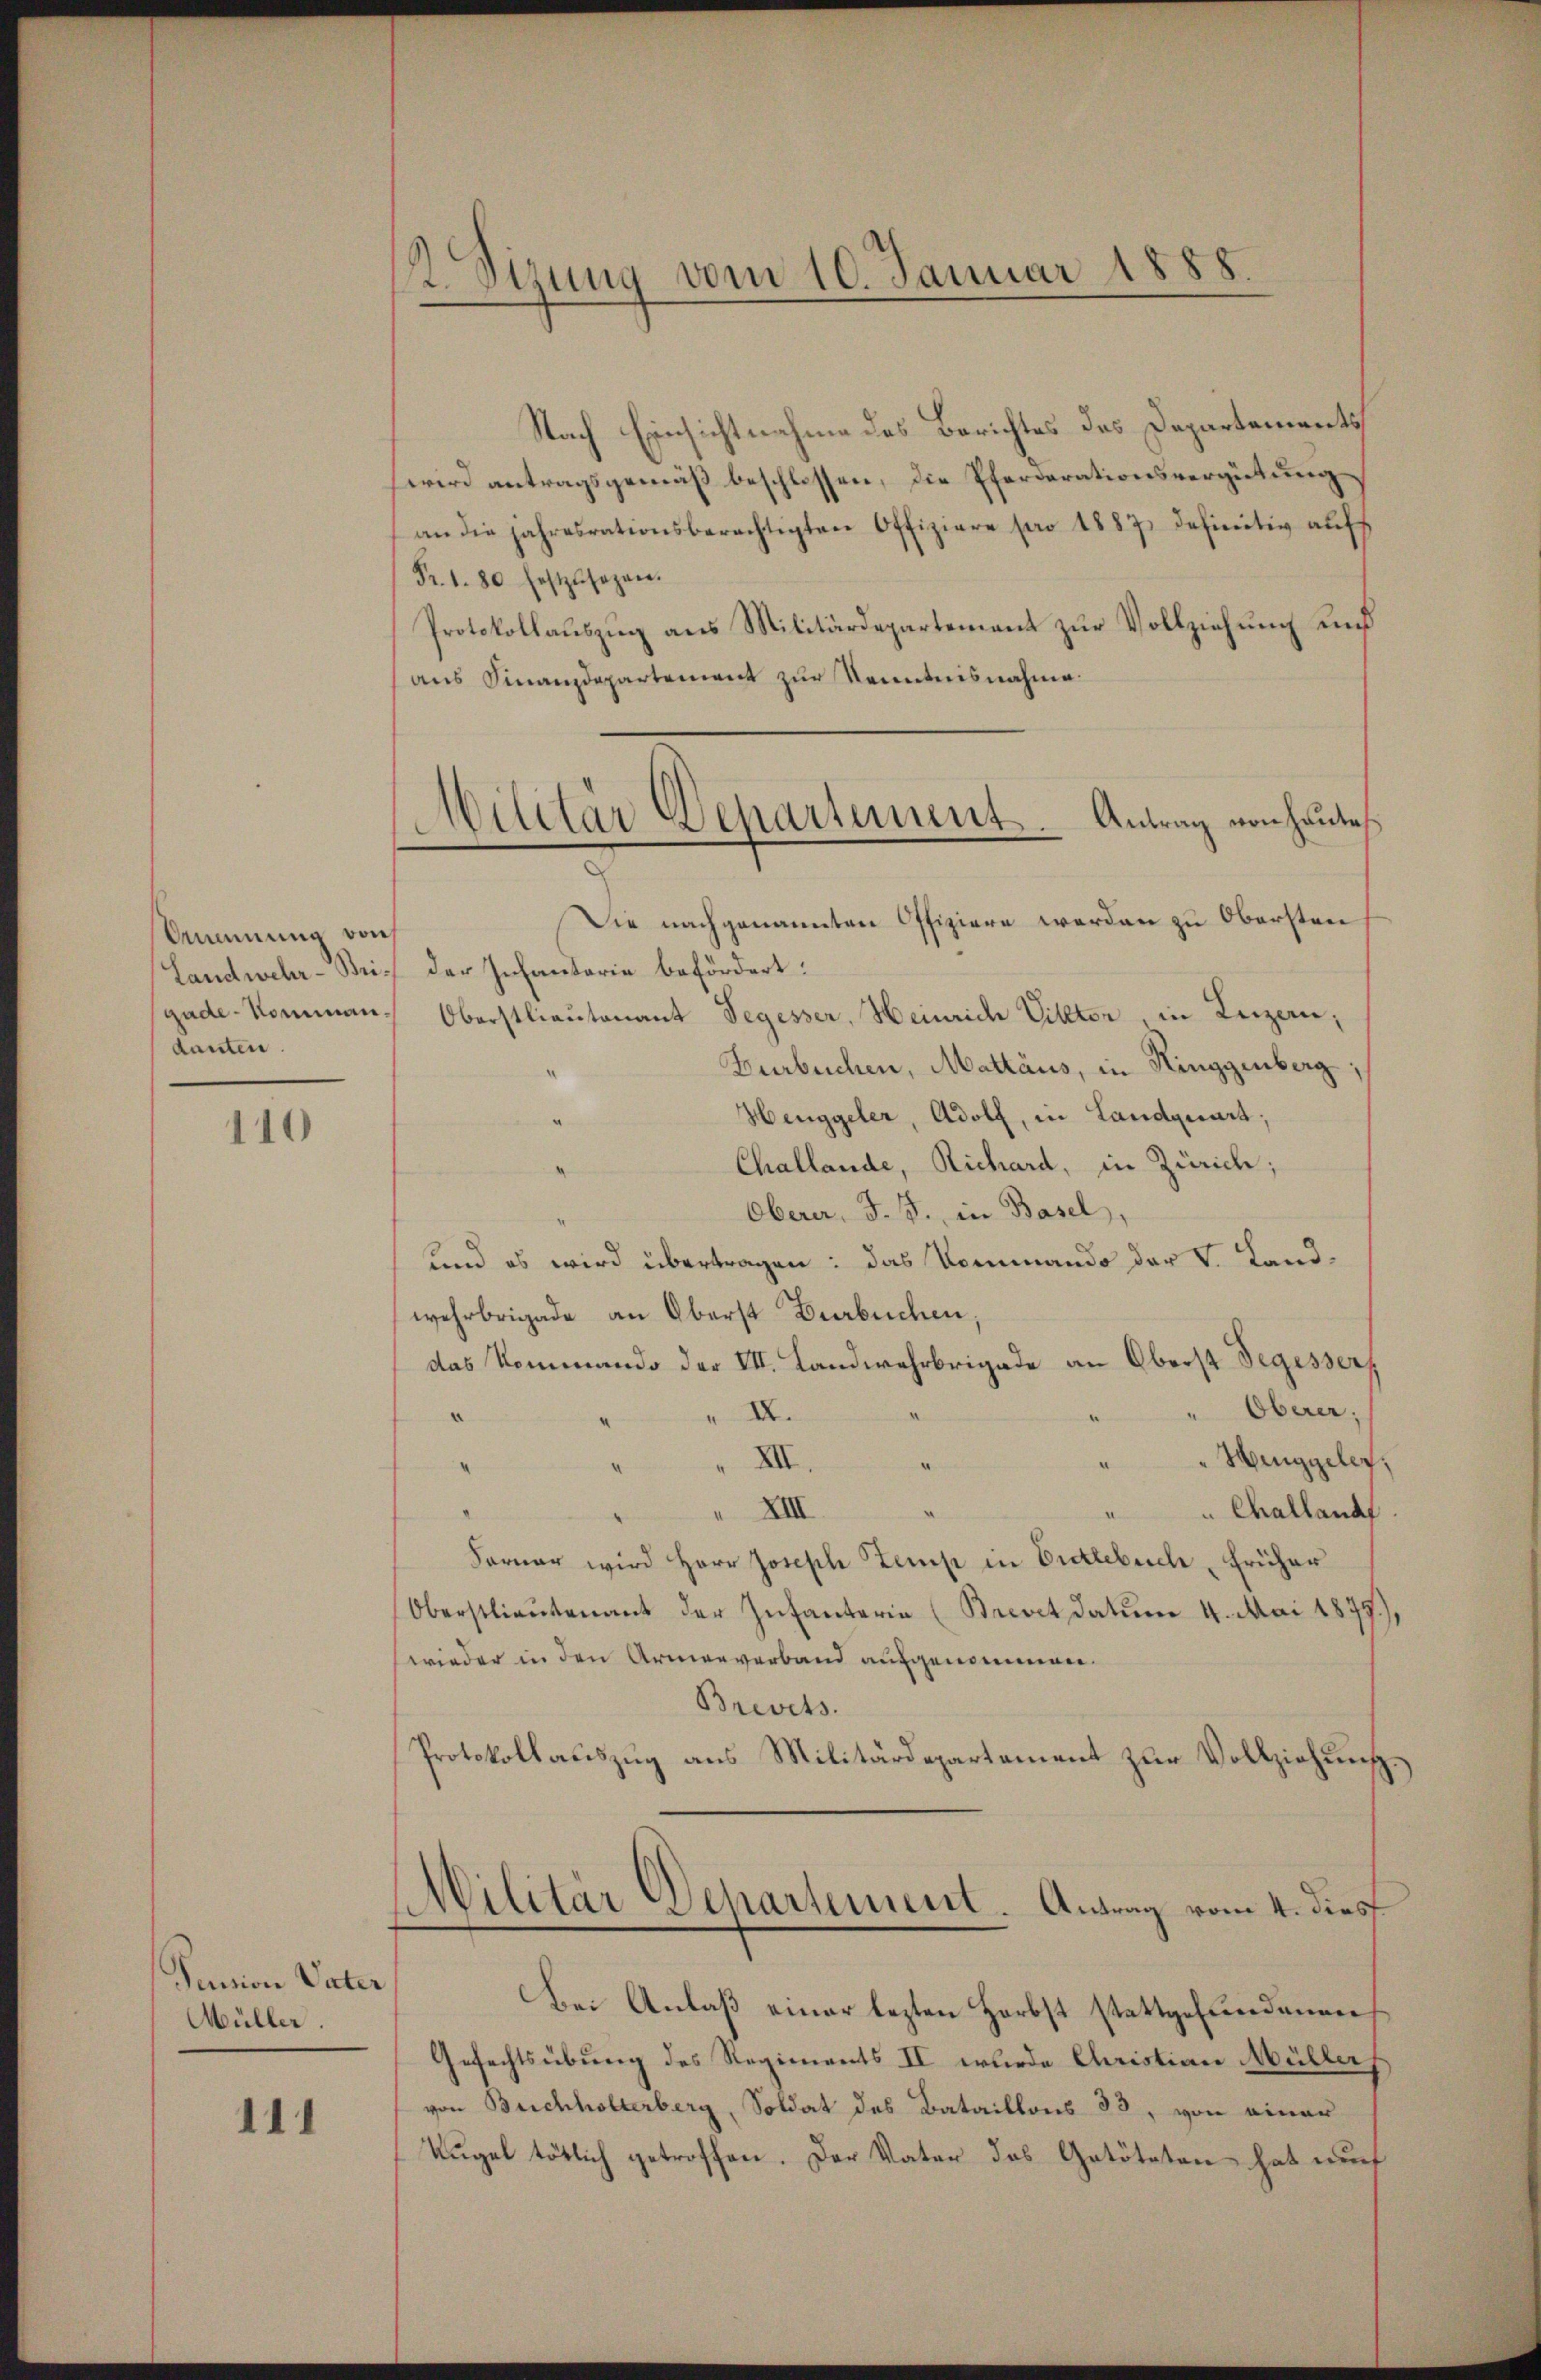
Umnung von
danten.

110

Pension Vater
Müller.

111

2 Sizung vom 10. Januar 1888.

Nach Einsichtnahme des Berichtes das Departements
wird antragsgemäß beschlossen, die Pferdarationsvergütung
an die jahresrationsberechtigten Offiziere pro 1887 definitiv auf
Fr. 1. 80 festzusagen.
Protokollauszug aus Militärdepartement zur Vollziehung und
aus Finanzdepartement zur Kenntnisnahme.
Die nachgenannten Offiziere werden zu Obersten
Landwehr-Bri- der Infantaria befördert:
gude-Komman. Oberstlieutenant Segesser, Heinrich Vitter, in Luzern,
Furbuchen, Mattäus, in Ringgenberg,
Henggeler, Adolf, in Landquart;
Challande, Richard, in Zürich;
Oberer, J. J. in Basel,
und es wird übertragen: das Kommando der V. Landwehrbrigade an Oberst Durbuchen
das Kommando der VII. Landwehrbrigade an Oberst Segesserz
Oberer,
" II.
""Henggeler.
XII.
.
XIII
Challandf
Farner wird Herr Joseph Temp in Entlebuch früher
Oberstlieutenant der Infanterie (Brevet datum 4. Mai 1879.
wieder in den Armenverband aufgenommen.
Brevets.
Protokollauszug aus Militärdepartement zur Vollziehung
Militär Departement. Antrag vom 4. dies
Bei Anlaß einer lezten Herbst stattgefundenen
Gefechtsübung des Regiments II wurde Christian Müller,
von Buchholterberg, Soldat des Bataillons 33, von einer
Kugel tötlich getroffen. Der Vater das Getöteten hat auch

Militär Departement. Antrag von heute,